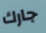
جارك